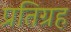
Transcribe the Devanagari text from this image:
प्रतिग्रह